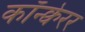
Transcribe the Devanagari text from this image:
कॉन्क्वेरर